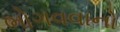
ભોગવવાનો